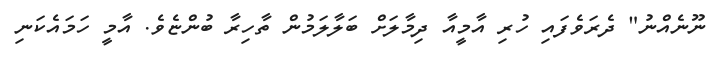
ނޫނެއްނު" ދެރަވެފައި ހުރި އާމީއާ ދިމާލަށް ބަލާލަމުން ތާހިރާ ބުންޏެވެ. އާމީ ހަމައެކަނި